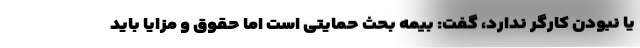
یا نبودن کارگر ندارد، گفت: بیمه بحث حمایتی است اما حقوق و مزایا باید